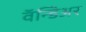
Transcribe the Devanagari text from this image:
वॅन्डिअर